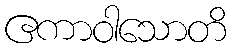
ဧကာဝါသောတိ